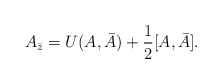
\begin{align*}A_{\bar z}=U(A,\bar A)+\frac{1}{2}[A,\bar A].\end{align*}